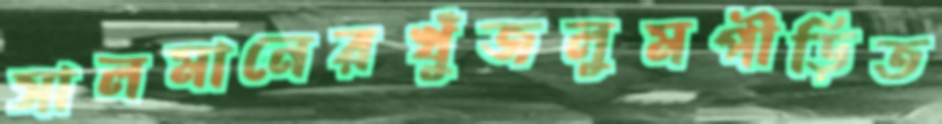
সালমানেরখুঁজলুমপীড়িত